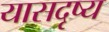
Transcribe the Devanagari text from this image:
यासदृष्य